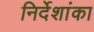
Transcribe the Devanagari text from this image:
निर्देशांका